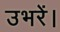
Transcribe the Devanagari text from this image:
उभरें।